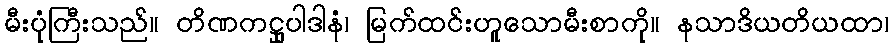
မီးပုံကြီးသည်။ တိဏကဋ္ဌုပါဒါနံ၊ မြက်ထင်းဟူသောမီးစာကို။ နသာဒိယတိယထာ၊